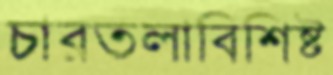
চারতলাবিশিষ্ট